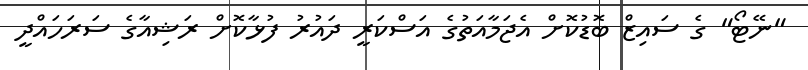
"ނޭޓޯ" ގެ ސައިޒް ބޮޑުކޮށް އެޖަމާއަތުގެ އަސްކަރީ ދައުރު ފުޅާކޮށް ރަޝިއާގެ ސަރަހައްދީ